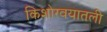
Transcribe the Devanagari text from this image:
किशोरवयातली